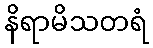
နိရာမိသတရံ